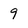
Character: 9